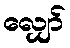
လျှော်